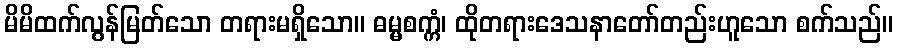
မိမိထက်လွန်မြတ်သော တရားမရှိသော။ ဓမ္မစက္ကံ၊ ထိုတရားဒေသနာတော်တည်းဟူသော စက်သည်။